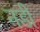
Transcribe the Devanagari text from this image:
नडी